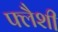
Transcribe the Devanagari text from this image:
फ्लैशी